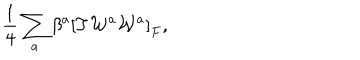
LaTeX: { \frac { 1 } { 4 } } \sum _ { a } \beta ^ { a } \left[ T { \cal W } ^ { a } { \cal W } ^ { a } \right] _ { F } ,